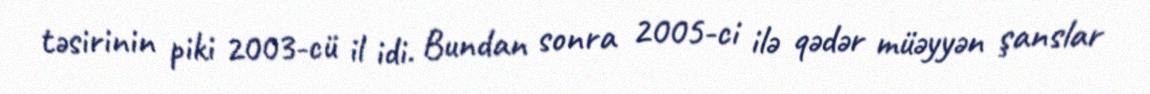
təsirinin piki 2003-cü il idi. Bundan sonra 2005-ci ilə qədər müəyyən şanslar